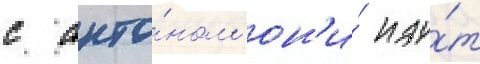
с анто́ном он'и́ иду́т